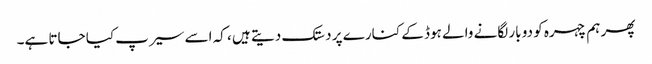
پھر ہم چہرہ کو دو بار لگانے والے ہوڈ کے کنارے پر دستک دیتے ہیں ، کہ اسے سیرپ کیا جاتا ہے۔